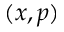
( x , p )